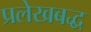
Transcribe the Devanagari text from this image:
प्रलेखबद्ध